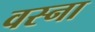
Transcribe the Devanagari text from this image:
वस्ना